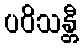
ပဝိသန္တီ